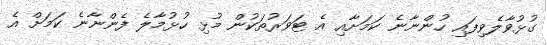
ގުޅުވާލެވިފައި ހުންނާނެ ކަމަށާއި އެ ޓަވަރުތަކުން މުޅި ހުޅުމާލެ ފެންނާނެ ކަމަށް އެ